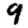
Digit: 9